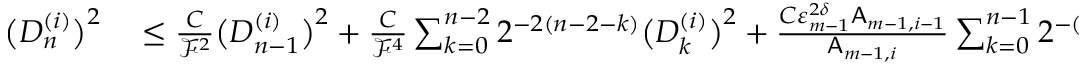
\begin{array} { r l } { \bigl ( D _ { n } ^ { ( i ) } \bigr ) ^ { 2 } } & { { } \leq \frac { C } { \mathcal { F } ^ { 2 } } \bigl ( D _ { n - 1 } ^ { ( i ) } \bigr ) ^ { 2 } + \frac { C } { \mathcal { F } ^ { 4 } } \sum _ { k = 0 } ^ { n - 2 } 2 ^ { - 2 ( n - 2 - k ) } \bigl ( D _ { k } ^ { ( i ) } \bigr ) ^ { 2 } + \frac { C \varepsilon _ { m - 1 } ^ { 2 \delta } \mathsf { A } _ { m - 1 , i - 1 } } { \mathsf { A } _ { m - 1 , i } } \sum _ { k = 0 } ^ { n - 1 } 2 ^ { - ( n - 1 - k ) } D _ { k } ^ { ( i ) } } \end{array}